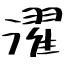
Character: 濯